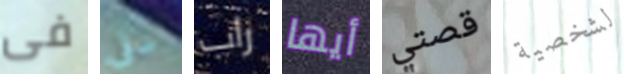
فى سلي راب أيها قصتي لشخصية